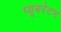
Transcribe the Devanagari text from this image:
प्यूबरेटम